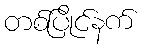
တစ်ပြိုင်နက်